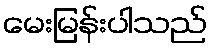
မေးမြန်းပါသည်